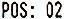
POS: 02